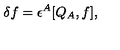
\delta f = \epsilon ^ { A } [ Q _ { A } , f ] ,